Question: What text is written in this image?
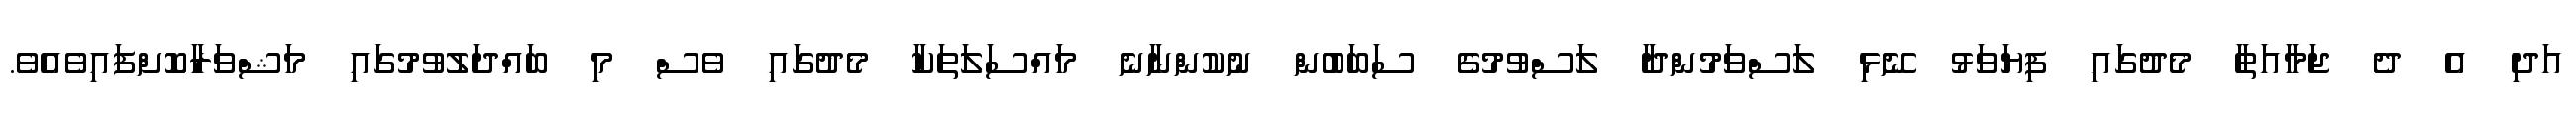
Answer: އަދި އެ ދެ ޖަމާއަތާ މެދުގައި ފިޔަވަޅު ނޭޅި ލަސްވަމުންދާ ލަސްވުމުގެ ސަބަބުން ނުކުންނާނެ މައްސަލަތަކާ މެދުގައި ވެސް މި ބައްދަލުވުމުގައި މަޝްވަރާކޮށްފައިވެއެވެ.